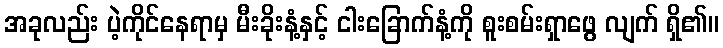
အခုလည်း ပဲ့ကိုင်နေရာမှ မီးခိုးနံ့နှင့် ငါးခြောက်နံ့ကို စူးစမ်းရှာဖွေ လျက် ရှိ၏။